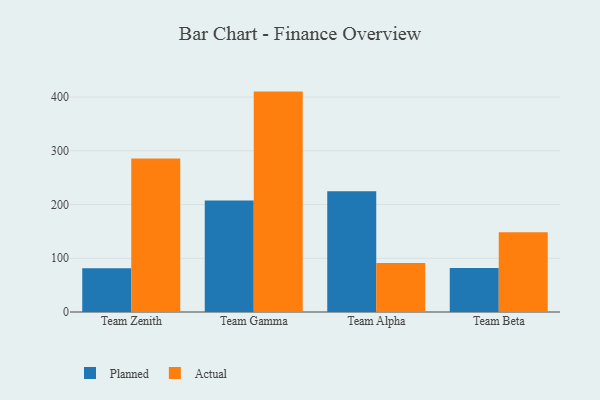
{"axis": {"x": "Team", "y": "Gross Profit (USD K)"}, "legend": ["Actual", "Planned"], "data": [{"x": "Team Zenith", "y": 81.3, "type": "Planned"}, {"x": "Team Zenith", "y": 285.6, "type": "Actual"}, {"x": "Team Gamma", "y": 207.4, "type": "Planned"}, {"x": "Team Gamma", "y": 410.1, "type": "Actual"}, {"x": "Team Alpha", "y": 224.5, "type": "Planned"}, {"x": "Team Alpha", "y": 91.1, "type": "Actual"}, {"x": "Team Beta", "y": 82.0, "type": "Planned"}, {"x": "Team Beta", "y": 148.3, "type": "Actual"}]}